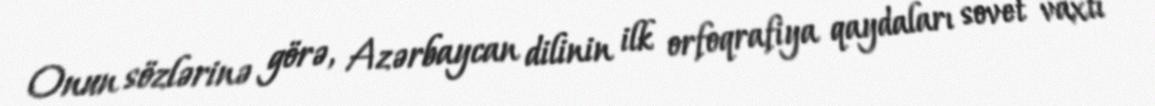
Onun sözlərinə görə, Azərbaycan dilinin ilk orfoqrafiya qaydaları sovet vaxtı